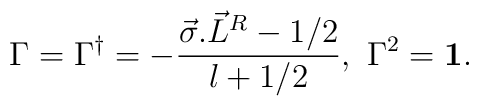
\Gamma = \Gamma^{\dagger} = -\frac{\vec{\sigma}.{\vec{L}}^R -1/2}{l+1/2},~ \Gamma^2 = {\bf 1}.